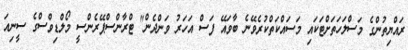
ރައްޔިތުންގެ މަސްލަހަތަށްޓަކައި މަސައްކަތްކުރެވޭނެ ބާވައޭ ފަސް އަހަރު ވަންދެން" ޓްރާންސްޕޭރެންސީ މޯލްޑިވްސްގެ ސީނިއަ